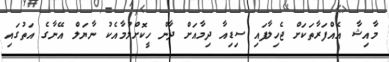
މާއިޝާ އެއްފަރާތަކަށް ޖެހިލާފައި ސިޑިއާ ދިމާއަށް ދާން ހީކޮށްލުމާއެކު ނާޔަލް އޭނާގެ އަތުގައި